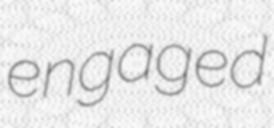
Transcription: engaged